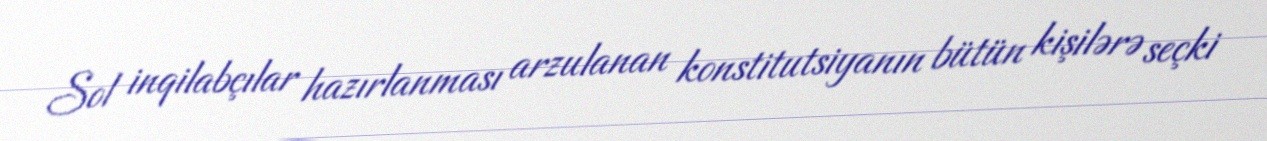
Sol inqilabçılar hazırlanması arzulanan konstitutsiyanın bütün kişilərə seçki